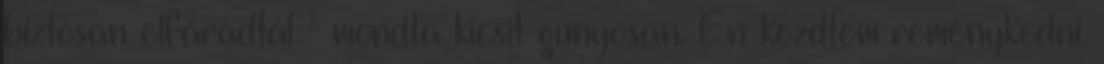
biztosan elfáradtál – mondta kicsit gúnyosan. Én kezdtem reménykedni,